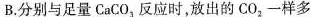
B.分别与足量CaCO_{3}，反应时，放出的CO_{2}一样多